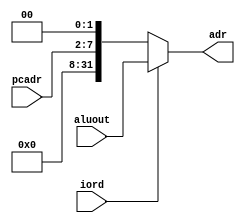
`timescale 1ns / 1ps
//////////////////////////////////////////////////////////////////////////////////
// Company: 
// Engineer: 
// 
// Design Name: 
// Module Name: adr_MUX2
// Project Name: 
// Target Devices: 
// Tool Versions: 
// Description: 
// 
// Dependencies: 
// 
// Revision:
// Revision 0.01 - File Created
// Additional Comments:
// 
//////////////////////////////////////////////////////////////////////////////////


module adr_MUX2(
    input [5:0] pcadr,
    input [31:0] aluout,
    input iord,
    output reg [31:0] adr 
    );
    
    always@(*)
    if(iord)
        adr<=aluout;
    else
        adr<={24'h000000,pcadr,2'b00};
    
endmodule